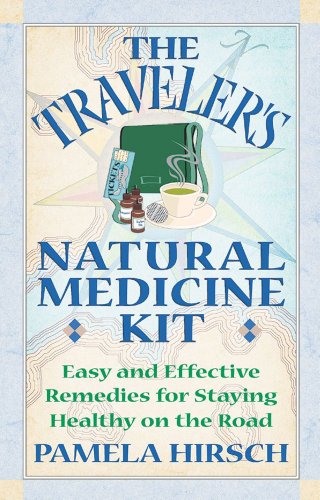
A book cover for The Traveler's Natural Medicine Kit: Easy and Effective Remedies for Staying Healthy on the Road; Pamela Hirsch; Health, Fitness & Dieting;